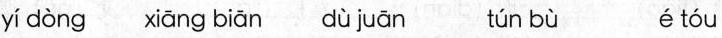
yí dòng xiāng biān dù juān tún bù é tóu